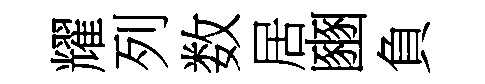
耀列数居豳負